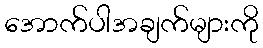
အောက်ပါအချက်များကို